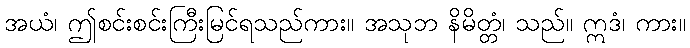
အယံ၊ ဤစင်းစင်းကြီးမြင်ရသည်ကား။ အသုဘ နိမိတ္တံ၊ သည်။ ဣဒံ၊ ကား။